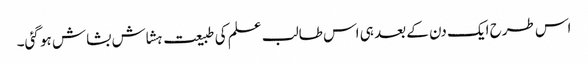
اس طرح ایک دن کے بعد ہی اس طالب علم کی طبیعت ہشاش بشاش ہو گئی۔